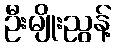
ဦးမျိုးညွန့်